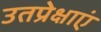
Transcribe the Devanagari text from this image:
उतप्रेक्षाएं